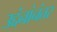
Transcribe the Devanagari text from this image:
उद्दंनांनंतर